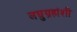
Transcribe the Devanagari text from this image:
लघुग्रहांशी